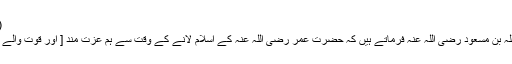
( مجمع الزوائد )
٭ حضرت عبداللہ بن مسعود رضی اللہ عنہ فرماتے ہیں کہ حضرت عمر رضی اللہ عنہ کے اسلام لانے کے وقت سے ہم عزت مند [ اور قوت والے ] چلے آتے ہیں۔